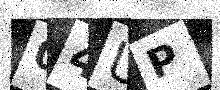
Text: 04UP